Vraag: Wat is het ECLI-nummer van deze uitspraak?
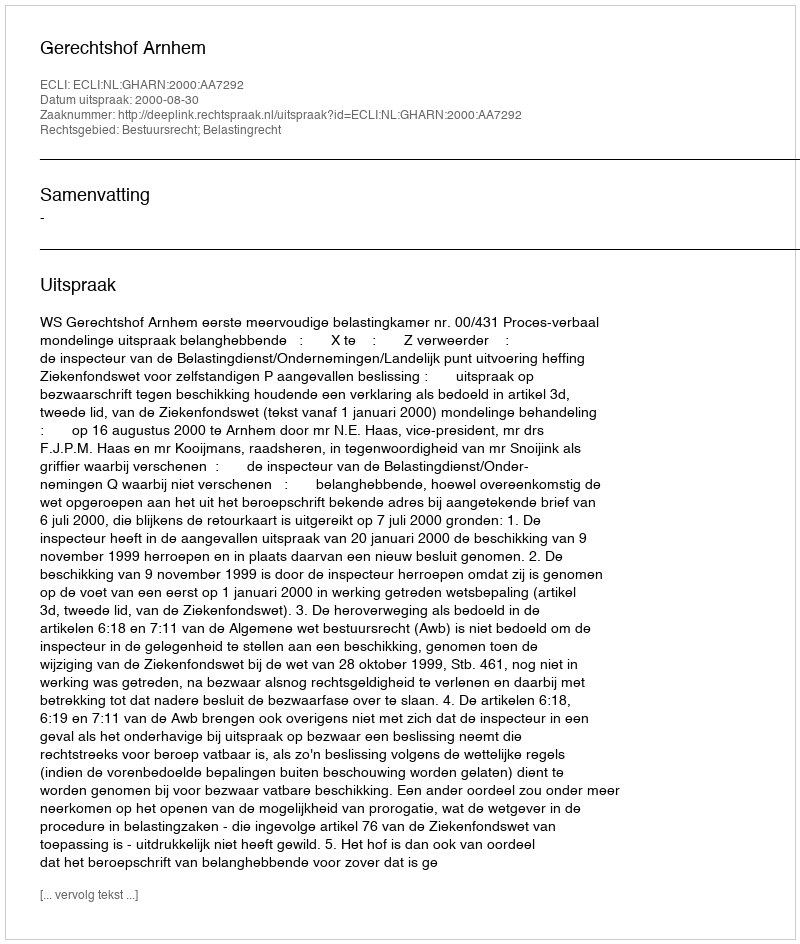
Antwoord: ECLI:NL:GHARN:2000:AA7292